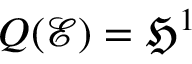
Q ( \mathcal { E } ) = \mathfrak { H } ^ { 1 }